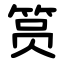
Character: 筼